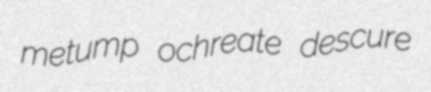
metump ochreate descure